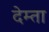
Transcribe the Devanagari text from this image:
देम्ता